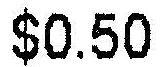
$0.50